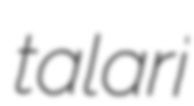
talari